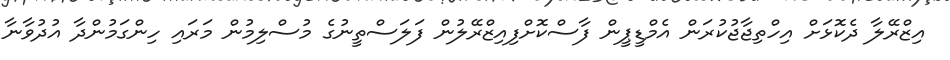
އިޒްރޭލާ ދެކޮޅަށް އިހްތިޖާޖުކުރަން އެމްޑީޕީން ފާސްކޮށްފިއިޒްރޭލުން ފަލަސްތީނުގެ މުސްލިމުން މަރައި ހިންގަމުންދާ އުދުވާނާ